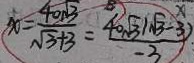
x = \frac { 4 0 \sqrt { 3 } } { \sqrt { 3 } + 3 } = \frac { 4 0 \sqrt { 3 } ( \sqrt { 3 } - 3 ) } { - 3 }